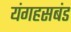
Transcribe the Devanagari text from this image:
यंगहसबंड